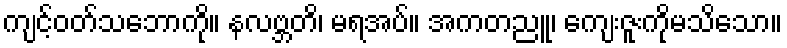
ကျင့်ဝတ်သဘောကို။ နလဗ္ဘတိ၊ မရအပ်။ အကတညူ၊ ကျေးဇူးကိုမသိသော။